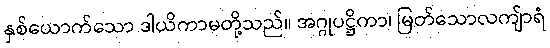
နှစ်ယောက်သော ဒါယိကာမတို့သည်။ အဂ္ဂုပဋ္ဌိကာ၊ မြတ်သောလကျ်ာရံ